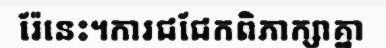
រ៉ែនេះ។ការជជែកពិភាក្សាគ្នា